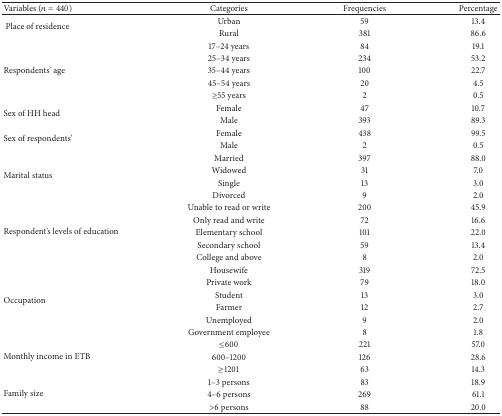
<table><thead><tr><td><b>Variables (<i>n</i> = 440)</b></td><td><b>Categories </b></td><td><b>Frequencies</b></td><td><b>Percentage</b></td></tr></thead><tbody><tr><td rowspan="2"> Place of residence</td><td>Urban</td><td>59</td><td>13.4</td></tr><tr><td>Rural</td><td>381</td><td>86.6</td></tr><tr><td rowspan="5">Respondents&#x27; age</td><td>17–24 years</td><td>84</td><td>19.1</td></tr><tr><td>25–34 years</td><td>234</td><td>53.2</td></tr><tr><td>35–44 years</td><td>100</td><td>22.7</td></tr><tr><td>45–54 years</td><td>20</td><td>4.5</td></tr><tr><td>≥55 years</td><td>2</td><td>0.5</td></tr><tr><td rowspan="2">Sex of HH head</td><td>Female</td><td>47</td><td>10.7</td></tr><tr><td>Male</td><td>393</td><td>89.3</td></tr><tr><td rowspan="2">Sex of respondents&#x27;</td><td>Female</td><td>438</td><td>99.5</td></tr><tr><td>Male</td><td>2</td><td>0.5</td></tr><tr><td rowspan="4">Marital status</td><td>Married</td><td>397</td><td>88.0</td></tr><tr><td>Widowed</td><td>31</td><td>7.0</td></tr><tr><td>Single</td><td>13</td><td>3.0</td></tr><tr><td>Divorced</td><td>9</td><td>2.0</td></tr><tr><td rowspan="5">Respondent&#x27;s levels of education</td><td>Unable to read or write</td><td>200</td><td>45.9</td></tr><tr><td>Only read and write</td><td>72</td><td>16.6</td></tr><tr><td>Elementary school</td><td>101</td><td>22.0</td></tr><tr><td>Secondary school</td><td>59</td><td>13.4</td></tr><tr><td>College and above</td><td>8</td><td>2.0</td></tr><tr><td rowspan="6">Occupation</td><td>Housewife</td><td>319</td><td>72.5</td></tr><tr><td>Private work</td><td>79</td><td>18.0</td></tr><tr><td>Student</td><td>13</td><td>3.0</td></tr><tr><td>Farmer</td><td>12</td><td>2.7</td></tr><tr><td>Unemployed</td><td>9</td><td>2.0</td></tr><tr><td>Government employee</td><td>8</td><td>1.8</td></tr><tr><td rowspan="3">Monthly income in ETB</td><td>≤600</td><td>221</td><td>57.0</td></tr><tr><td>600–1200</td><td>126</td><td>28.6</td></tr><tr><td>≥1201</td><td>63</td><td>14.3</td></tr><tr><td rowspan="3">Family size</td><td>1–3 persons</td><td>83</td><td>18.9</td></tr><tr><td>4–6 persons</td><td>269</td><td>61.1</td></tr><tr><td> &gt;6 persons</td><td>88</td><td>20.0</td></tr></tbody></table>